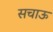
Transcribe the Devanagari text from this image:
सचाऊ